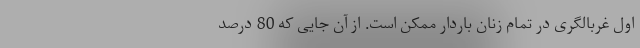
اول غربالگری در تمام زنان باردار ممکن است. از آن جایی که 80 درصد